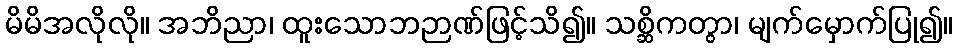
မိမိအလိုလို။ အဘိညာ၊ ထူးသောဘဉာဏ်ဖြင့်သိ၍။ သစ္ဆိကတွာ၊ မျက်မှောက်ပြု၍။